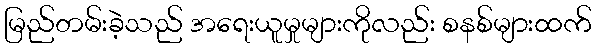
မြည်တမ်းခဲ့သည် အရေးယူမှုများကိုလည်း စနစ်များထက်